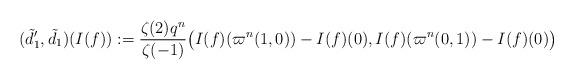
LaTeX: \begin{align*} (\tilde{d}_1',\tilde{d}_1)(I(f))&:=\frac{\zeta(2)q^n}{\zeta(-1)}\big(I(f)(\varpi^n(1,0))-I(f)(0), I(f)(\varpi^n(0,1))-I(f)(0)\big)\end{align*}